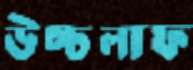
উচ্চলাফ